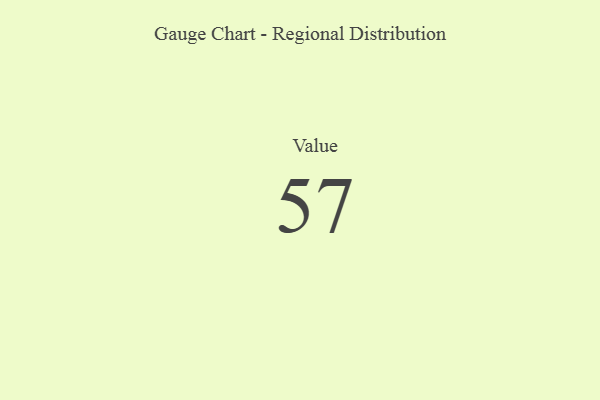
{"axis": {"x": "Metric", "y": "Value"}, "legend": [""], "data": [{"x": "Value", "y": 57, "type": ""}]}